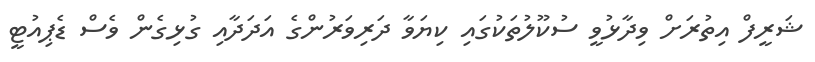
ޝަރީފް އިތުރަށް ވިދާޅުވީ ސުކޫލުތަކުގައި ކިޔަވާ ދަރިވަރުންގެ އަދަދާއި ގުޅިގެން ވެސް ޑެޕިއުޓީ